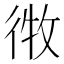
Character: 𫹘